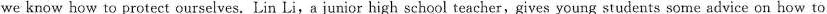
we know how to protect ourselves. Lin Li,a junior high school teacher,gives young students some advice on how to